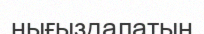
нығыздалатын